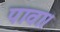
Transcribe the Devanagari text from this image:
पावा।